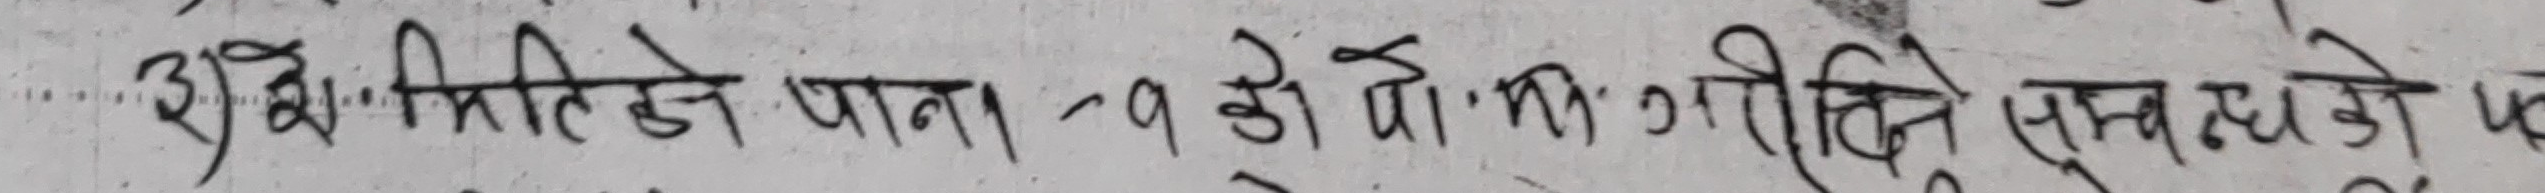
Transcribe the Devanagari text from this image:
शुद्ध मिति जेठ जाना १ क डो मो णागि ति सुब्ब स्थ घे ओ प